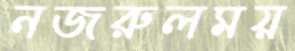
নজরুলময়